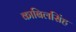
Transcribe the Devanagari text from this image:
काबिलसिंह